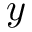
y